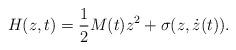
LaTeX: \begin{align*}H(z,t)=\frac{1}{2}M(t)z^{2}+\sigma(z,\dot{z}(t)). \end{align*}